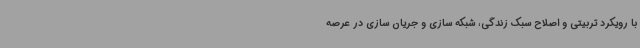
با رویکرد تربیتی و اصلاح سبک زندگی، شبکه سازی و جریان سازی در عرصه